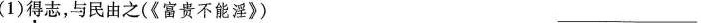
(1)得志，与民由之(《富贵不能淫》) ___